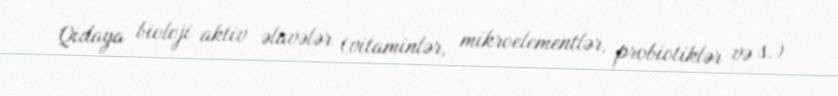
Qidaya bioloji aktiv əlavələr (vitaminlər, mikroelementlər, probiotiklər və s.)